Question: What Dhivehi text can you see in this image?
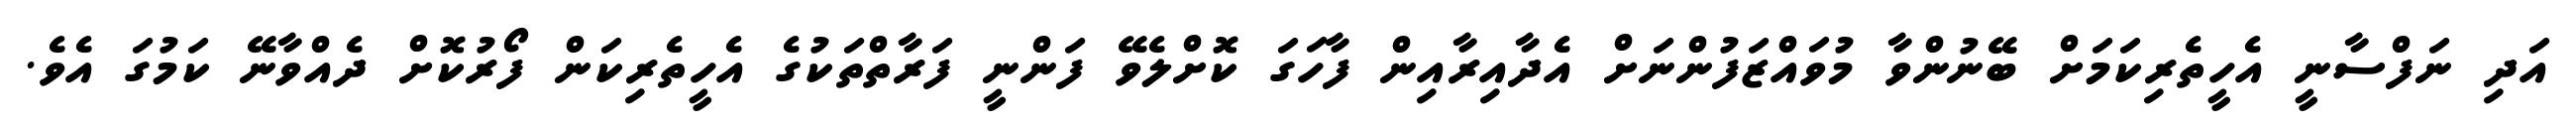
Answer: އަދި ނަފްސާނީ އެހީތެރިކަމަށް ބޭނުންވާ މުވައްޒަފުންނަށް އެދާއިރާއިން ފާހަގަ ކޮށްލެވޭ ފަންނީ ފަރާތްތަކުގެ އެހީތެރިކަން ފޯރުކޮށް ދެއްވާނޭ ކަމުގަ އެވެ.